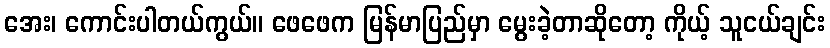
အေး၊ ကောင်းပါတယ်ကွယ်။ ဖေဖေက မြန်မာပြည်မှာ မွေးခဲ့တာဆိုတော့ ကိုယ့် သူငယ်ချင်း